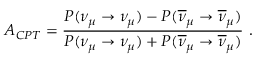
A _ { C P T } = \frac { P ( \nu _ { \mu } \rightarrow \nu _ { \mu } ) - P ( \overline { { { \nu } } } _ { \mu } \rightarrow \overline { { { \nu } } } _ { \mu } ) } { P ( \nu _ { \mu } \rightarrow \nu _ { \mu } ) + P ( \overline { { { \nu } } } _ { \mu } \rightarrow \overline { { { \nu } } } _ { \mu } ) } ~ .